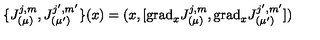
\{ J _ { ( \mu ) } ^ { j , m } , J _ { ( \mu ^ { \prime } ) } ^ { j ^ { \prime } , m ^ { \prime } } \} ( x ) = ( x , [ \mathrm { g r a d } _ { x } J _ { ( \mu ) } ^ { j , m } , \mathrm { g r a d } _ { x } J _ { ( \mu ^ { \prime } ) } ^ { j ^ { \prime } , m ^ { \prime } } ] )